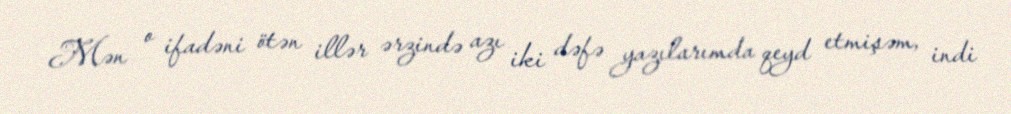
Mən o ifadəni ötən illər ərzində azı iki dəfə yazılarımda qeyd etmişəm, indi